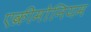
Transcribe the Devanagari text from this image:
एक्रीमोनियम